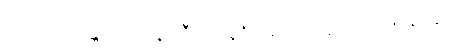
ပရိယေသန္တေဟေဝ ယူပါဒီဟိ ပဗ္ဗဇိတဿေဝ ဒူရကာရဏံ ဈာနံပေ